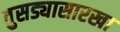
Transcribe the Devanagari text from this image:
तुसड्यासारखा